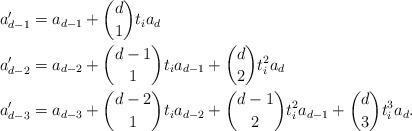
LaTeX: \begin{align*} a_{d-1}' &= a_{d-1} + \binom{d}{1}t_i a_d\\ a_{d-2}' &= a_{d-2} + \binom{d-1}{1}t_i a_{d-1} + \binom{d}{2}t_i^2 a_d\\ a_{d-3}' &= a_{d-3} + \binom{d-2}{1}t_ia_{d-2} + \binom{d-1}{2}t_i^2 a_{d-1} + \binom{d}{3}t_i^3 a_d. \end{align*}